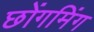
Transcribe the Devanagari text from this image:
छोंगमिंग